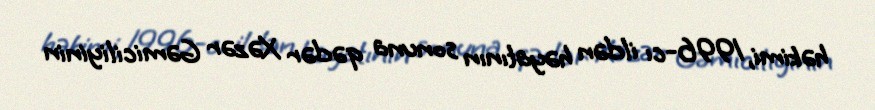
həkimi, 1996-cı ildən həyatının sonuna qədər Xəzər Gəmiciliyinin